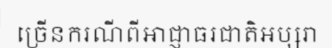
ច្រើនករណីពីអាជ្ញាធរជាតិអប្សរា